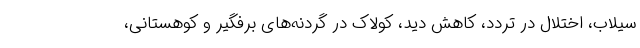
سیلاب، اختلال در تردد، کاهش دید، کولاک در گردنه‌های برفگیر و کوهستانی،